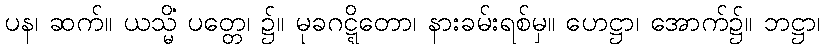
ပန၊ ဆက်။ ယသ္မိံ ပတ္တေ၊ ၌။ မုခဂဋ္ဋိတော၊ နားခမ်းရစ်မှ။ ဟေဋ္ဌာ၊ အောက်၌။ ဘဋ္ဌာ၊